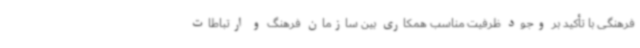
فرهنگی با تأکید بر وجود ظرفیت مناسب همکاری بین سازمان فرهنگ و ارتباطات